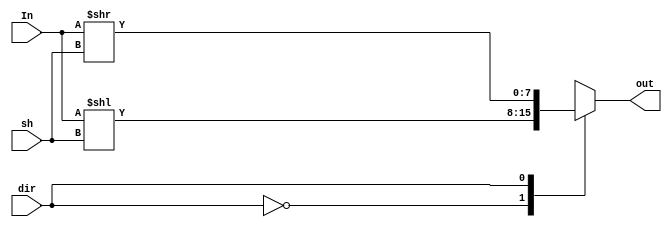
module shift_m(out,In,dir,sh);
    input dir;
    input[3:0] sh;
    input[7:0] In;
    output[7:0] out; // output

    reg[7:0] out;

    always @(In or dir or sh) begin 
        case(dir)
           1'b0 : out = In<<sh; //LEFT
           1'b1 : out = In>>sh; //RIGHT
        endcase
    end // c , b a    .
    
endmodule